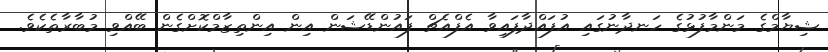
ޝިޔާމްގެ މަންމާފުޅުގެ ހަނދާނުގައި އުފައްދާފައިވާ އެފްއެޗް ފައުންޑޭޝަން އިން އިންތިޒާމްކޮށްގެން ބޭއްވި މުބާރާތެކެވެ.